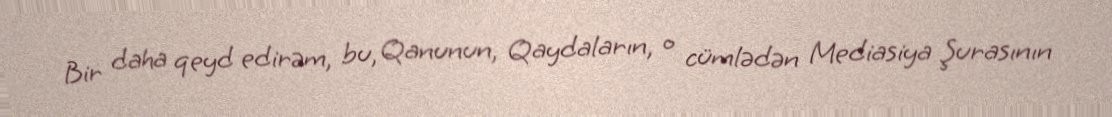
Bir daha qeyd edirəm, bu, Qanunun, Qaydaların, o cümlədən Mediasiya Şurasının